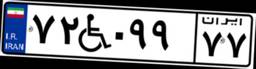
۷۲W۰۹۹۷۷